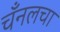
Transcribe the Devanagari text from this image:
चँनलचा